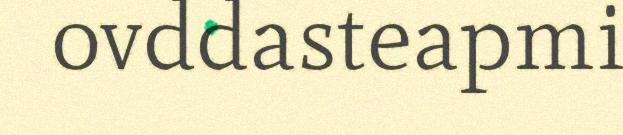
ovddasteapmi